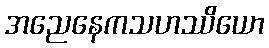
အညေနေကသဟဿိယော